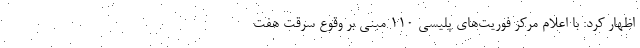
اظهار کرد: با اعلام مرکز فوریت‌های پلیسی ۱۱۰ مبنی بر وقوع سرقت هفت